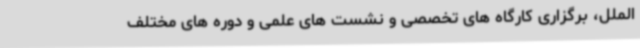
الملل، برگزاری کارگاه های تخصصی و نشست های علمی و دوره های مختلف